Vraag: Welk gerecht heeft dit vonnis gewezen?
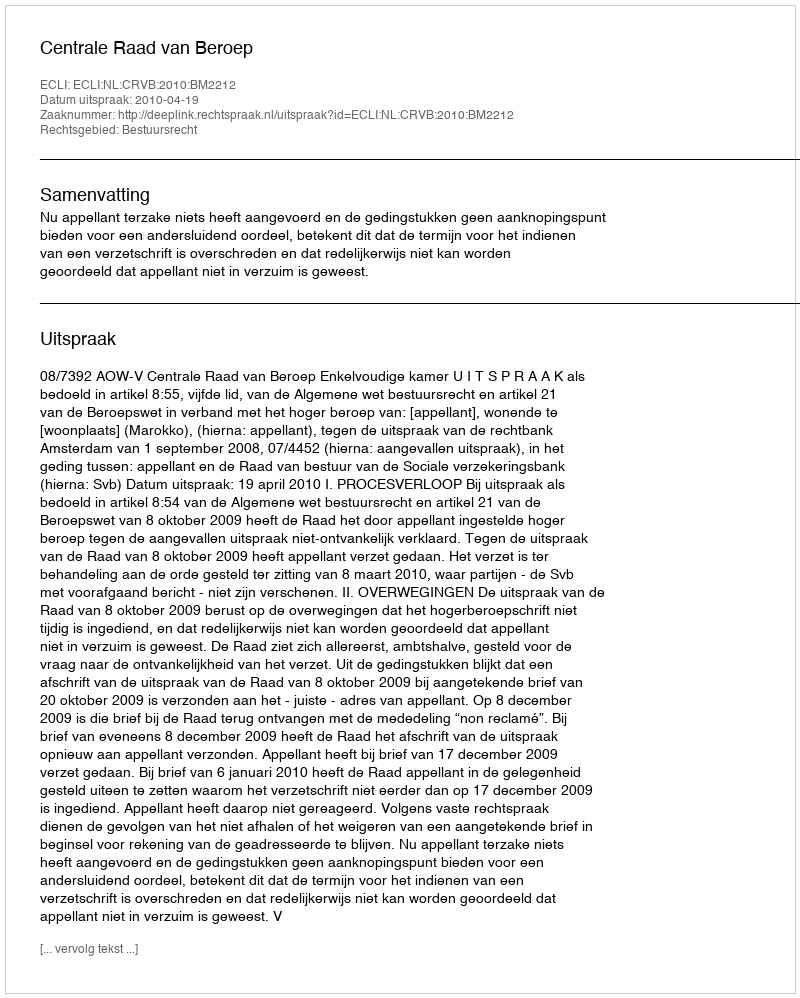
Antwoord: Centrale Raad van Beroep